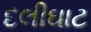
દલીઘાટ